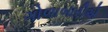
ગોળાબારીએ